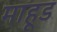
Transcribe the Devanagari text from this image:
माहूड